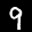
Label: 9